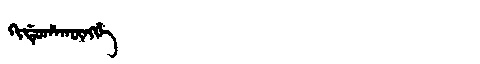
Manchu: ᡴᡳᡩᡠᡥᠠᡴᡡᠩᡤᡝ
Romanization: KIDUHAKŪNGGE